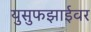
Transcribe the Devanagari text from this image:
युसुफझाईवर